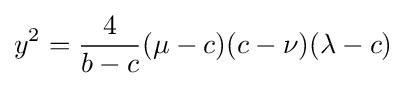
y^{2}={\frac {4}{b-c}}(\mu -c)(c-\nu )(\lambda -c)